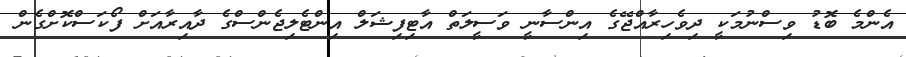
އެންމެ ބޮޑު ވިސްނުމަކީ ދިވެހިރާއްޖޭގެ އިންސާނީ ވަސީލަތް އާޓިފިޝަލް އިންޓެލިޖެންސްގެ ދާއިރާއަށް ފޯކަސްކޮށްގެން